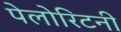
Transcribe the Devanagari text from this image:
पेलोरिटनी